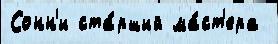
Сонн'и ста́рший ма́ст'ера